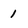
Character: 1